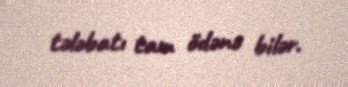
tələbatı tam ödənə bilər.